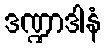
ဒဏ္ဍာဒါနံ